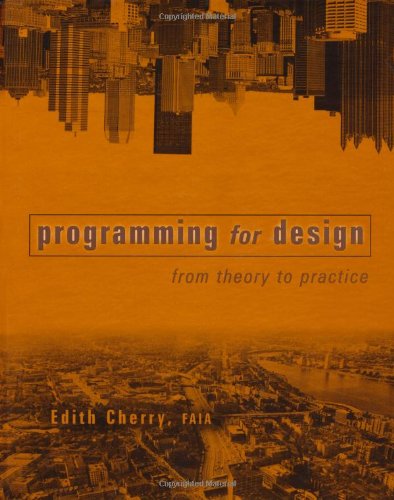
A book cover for Programming for Design: From Theory to Practice; Edith Cherry; Computers & Technology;